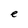
Character: e